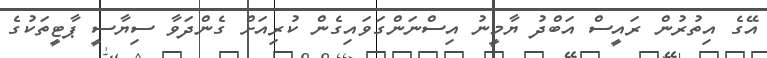
އޭގެ އިތުރުން ރައީސް އަބްދު ޔާމީނު އިސްނަންގަވައިގެން ކުރިއަށް ގެންދަވާ ސިޔާސީ ޕާޓީތަކުގެ